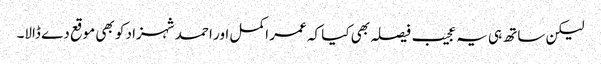
لیکن ساتھ ہی یہ عجیب فیصلہ بھی کیا کہ عمر اکمل اور احمد شہزاد کو بھی موقع دے ڈالا۔